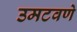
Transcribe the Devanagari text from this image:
उमटवणे